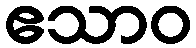
ဧသာဝ